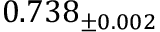
0 . 7 3 8 _ { \pm 0 . 0 0 2 }